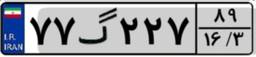
۷۷گ۲۲۷۸۹